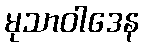
မုသာဝါဒေန